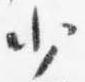
少